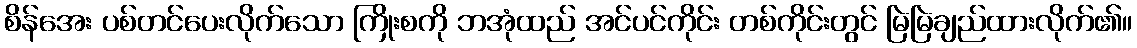
စိန်အေး ပစ်တင်ပေးလိုက်သော ကြိုးစကို ဘအုံထည် အင်ပင်ကိုင်း တစ်ကိုင်းတွင် မြဲမြဲချည်ထားလိုက်၏။